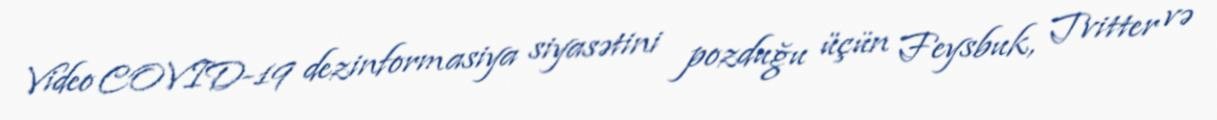
Video COVID-19 dezinformasiya siyasətini pozduğu üçün Feysbuk, Tvitter və